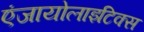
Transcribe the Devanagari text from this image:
एंजायोलाइटिक्स